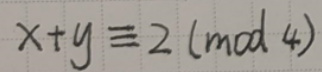
\[
x + y \equiv 2 \pmod{4}
\]